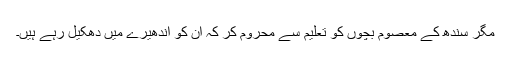
مگر سندھ کے معصوم بچوں کو تعلیم سے محروم کر کہ ان کو اندھیرے میں دھکیل رہے ہیں۔